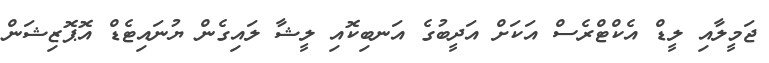
ޖަމީލާއި ލީޑް އެކްޓްރެސް އަކަށް އަދީބުގެ އަނބިކޮއި ލީޝާ ލައިގެން ޔުނައިޓެޑް އޮޕޮޒިޝަން